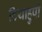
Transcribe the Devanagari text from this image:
टियाहुपो